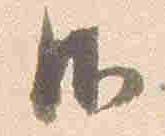
御